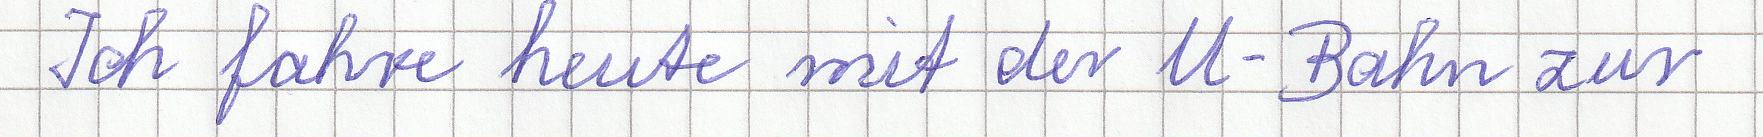
Ich fahre heute mit der U-Bahn zur